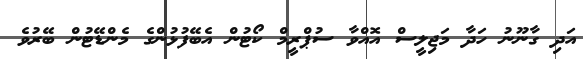
އަދި ގާނޫނު ހަދާ މަޖިލީސް އޮއްވާ ސުޕްރީމް ކޯޓުން އެބޭފުޅުންގެ މެންޑޭޓުން ބޭރުވެ